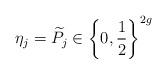
LaTeX: \begin{align*}\eta_j = \widetilde{P_j} \in \left\{0,\frac{1}{2}\right\}^{2g}\end{align*}